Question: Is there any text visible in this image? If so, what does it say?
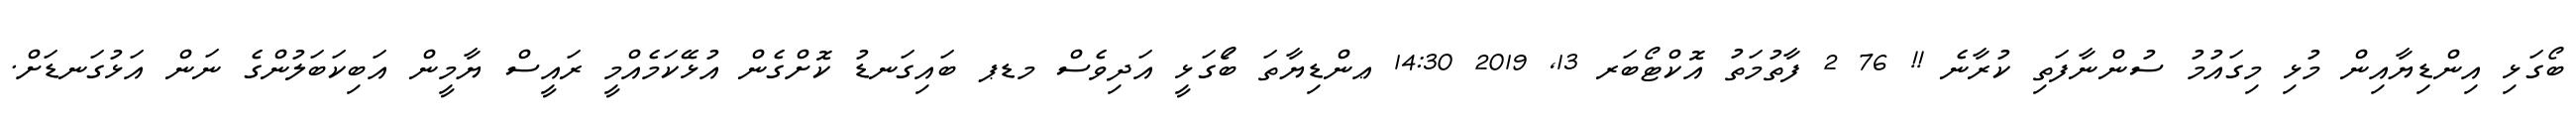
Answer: ބޯގަޅި އިންޑިޔާއިން މުޅި މިގައުމު ސުންނާފަތި ކުރާނެ !! 76 2 ފާތުމަތު އޮކްޓޯބަރ 13, 2019 14:30 ޢންޑިޔާތަ ބޯަގަޅީ އަދިވެސް މޑޕ ބައިގަނޑު ކޮށްގެން އުޅޭކަމެއްމީ ރައީސް ޔާމީން އަބިކަބަލުންގެ ނަން އަޅުގަނޑަށް.